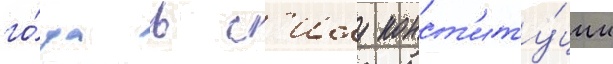
го́да в с'илу конст'иту́ции